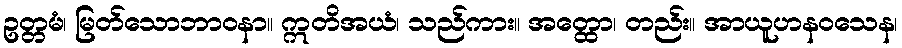
ဥတ္တမံ၊ မြတ်သောဘာဝနာ။ ဣတိအယံ၊ သည်ကား။ အတ္ထော၊ တည်း။ အာယူဟနဝသေန၊